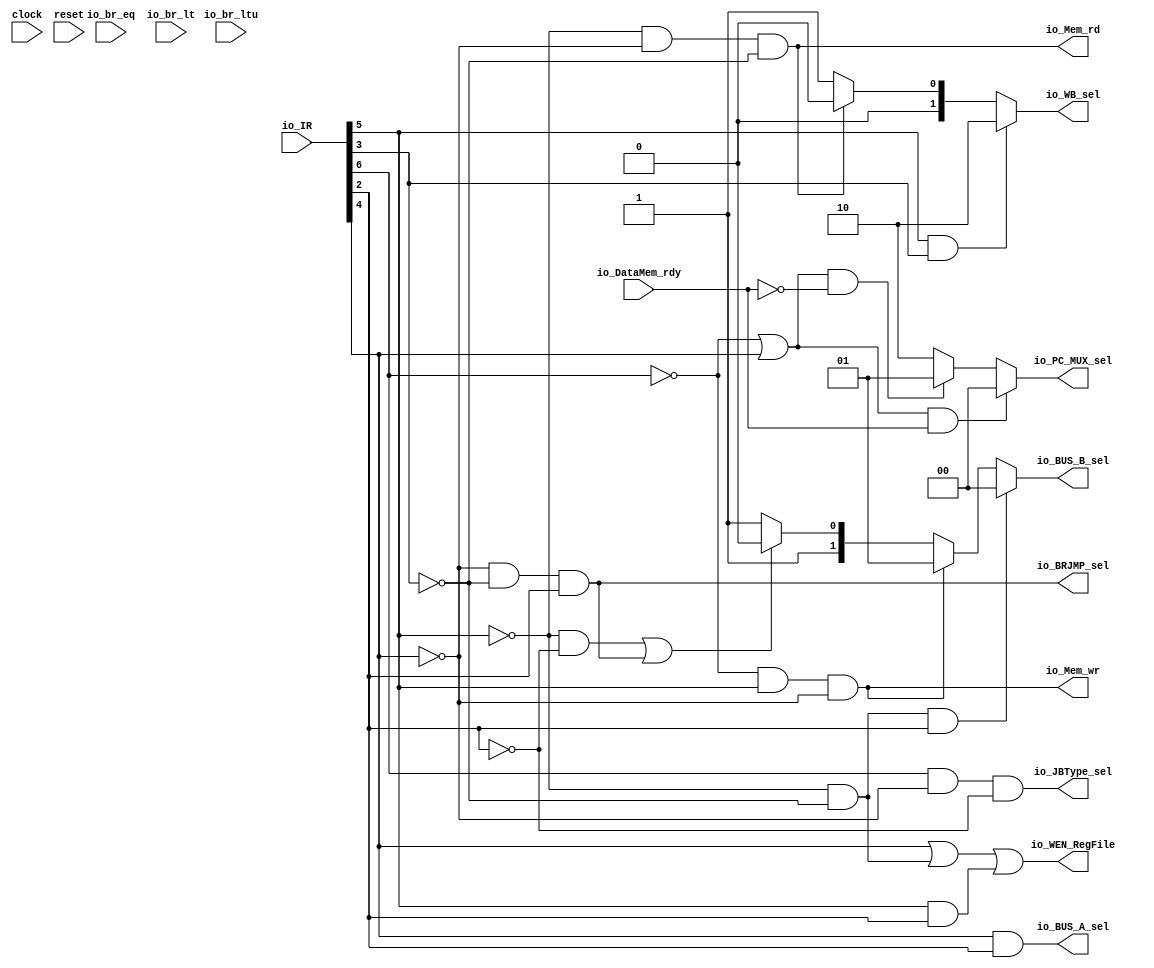
`ifdef RANDOMIZE_GARBAGE_ASSIGN
`define RANDOMIZE
`endif
`ifdef RANDOMIZE_INVALID_ASSIGN
`define RANDOMIZE
`endif
`ifdef RANDOMIZE_REG_INIT
`define RANDOMIZE
`endif
`ifdef RANDOMIZE_MEM_INIT
`define RANDOMIZE
`endif

module Decorder(
  input   clock,
  input   reset,
  input  [31:0] io_IR,
  input   io_br_eq,
  input   io_br_lt,
  input   io_br_ltu,
  input   io_DataMem_rdy,
  output  io_BUS_A_sel,
  output [1:0] io_BUS_B_sel,
  output [1:0] io_WB_sel,
  output  io_BRJMP_sel,
  output  io_JBType_sel,
  output [1:0] io_PC_MUX_sel,
  output  io_WEN_RegFile,
  output  io_Mem_rd,
  output  io_Mem_wr
);
  wire  _T_30;
  wire  _T_32;
  wire  _T_33;
  wire  _T_34;
  wire  _T_35;
  wire  _T_38;
  wire  _T_39;
  wire  _T_41;
  wire  _T_42;
  wire  _T_45;
  wire  _T_46;
  wire  _T_48;
  wire  _T_49;
  wire  _T_51;
  wire  i;
  wire  s;
  wire  _T_66;
  wire  pcb;
  wire  u;
  wire  _T_102;
  wire  mem;
  wire  pcwb;
  wire  _T_115;
  wire  _T_119;
  wire [1:0] _GEN_1;
  wire [1:0] _GEN_2;
  wire [1:0] _GEN_3;
  wire [1:0] _GEN_7;
  wire [1:0] _GEN_8;
  wire  pc4;
  wire  _T_196;
  wire  _T_197;
  wire [1:0] _GEN_14;
  wire  _T_201;
  wire [1:0] _GEN_15;
  wire  _T_211;
  wire  _T_214;
  wire  _T_215;
  assign io_BUS_A_sel = u;
  assign io_BUS_B_sel = _GEN_3;
  assign io_WB_sel = _GEN_8;
  assign io_BRJMP_sel = _T_51;
  assign io_JBType_sel = _T_119;
  assign io_PC_MUX_sel = _GEN_15;
  assign io_WEN_RegFile = _T_215;
  assign io_Mem_rd = mem;
  assign io_Mem_wr = s;
  assign _T_30 = io_IR[6];
  assign _T_32 = _T_30 == 1'h0;
  assign _T_33 = io_IR[5];
  assign _T_34 = _T_32 & _T_33;
  assign _T_35 = io_IR[4];
  assign _T_38 = _T_33 == 1'h0;
  assign _T_39 = io_IR[2];
  assign _T_41 = _T_39 == 1'h0;
  assign _T_42 = _T_38 & _T_41;
  assign _T_45 = _T_35 == 1'h0;
  assign _T_46 = io_IR[3];
  assign _T_48 = _T_46 == 1'h0;
  assign _T_49 = _T_45 & _T_48;
  assign _T_51 = _T_49 & _T_39;
  assign i = _T_42 | _T_51;
  assign s = _T_34 & _T_45;
  assign _T_66 = _T_38 & _T_48;
  assign pcb = _T_66 & _T_39;
  assign u = _T_35 & _T_39;
  assign _T_102 = _T_38 & _T_45;
  assign mem = _T_102 & _T_48;
  assign pcwb = _T_33 & _T_46;
  assign _T_115 = _T_30 & _T_45;
  assign _T_119 = _T_115 & _T_41;
  assign _GEN_1 = i ? 2'h2 : 2'h3;
  assign _GEN_2 = s ? 2'h1 : _GEN_1;
  assign _GEN_3 = pcb ? 2'h0 : _GEN_2;
  assign _GEN_7 = mem ? 2'h0 : 2'h1;
  assign _GEN_8 = pcwb ? 2'h2 : _GEN_7;
  assign pc4 = _T_32 | _T_35;
  assign _T_196 = io_DataMem_rdy == 1'h0;
  assign _T_197 = pc4 & _T_196;
  assign _GEN_14 = _T_197 ? 2'h1 : 2'h2;
  assign _T_201 = pc4 & io_DataMem_rdy;
  assign _GEN_15 = _T_201 ? 2'h0 : _GEN_14;
  assign _T_211 = _T_35 | _T_66;
  assign _T_214 = _T_33 & _T_39;
  assign _T_215 = _T_211 | _T_214;
endmodule